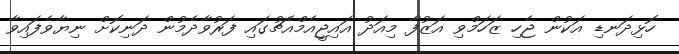
ހޮޅިދަނޑި އަކުން ޖެހި ޒަހަމްވި އަޒުފާ މިއަދު އައިޖީއެމްއެޗުގައި ފަރުވާދެމުން ދަނިކޮށް ނިޔާވެފައިވާ